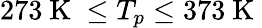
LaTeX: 273\mathrm{~K~}\leq T_{p}\leq 373\mathrm{~K~}